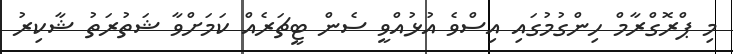
މި ޕްރޮގްރާމް ހިންގުމުގައި އިސްވެ އުޅުއްވީ ސެން ޓީޗަރެއް ކަމަށްވާ ޝަތުރަތު ޝާކިރު